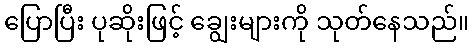
ပြောပြီး ပုဆိုးဖြင့် ချွေးများကို သုတ်နေသည်။